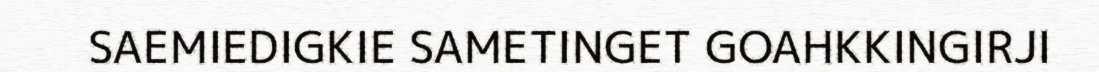
SAEMIEDIGKIE SAMETINGET GOAHKKINGIRJI